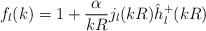
LaTeX: \begin{align*}f_l(k)= 1+ \frac{\alpha}{kR}j_l(kR)\hat h^+_l(kR)\end{align*}